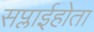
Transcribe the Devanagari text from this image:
सप्लाईहोता